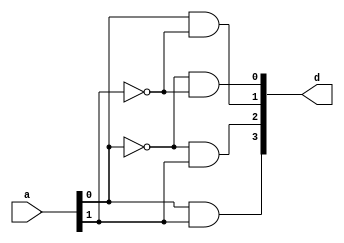
module decoder24(
    input [1:0] a,
    output [3:0] d
    );
	 wire an0,an1;
               not(an0,a[0]),(an1,a[1]);
               and(d[0],an0,an1),(d[1],a[0],an1),(d[2],an0,a[1]),(d[3],a[0],a[1]);
endmodule